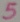
Text: 5